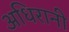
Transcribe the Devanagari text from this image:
अधिरानी